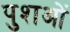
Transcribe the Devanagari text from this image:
पुशओं